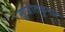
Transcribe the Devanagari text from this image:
सुजीतकुमार